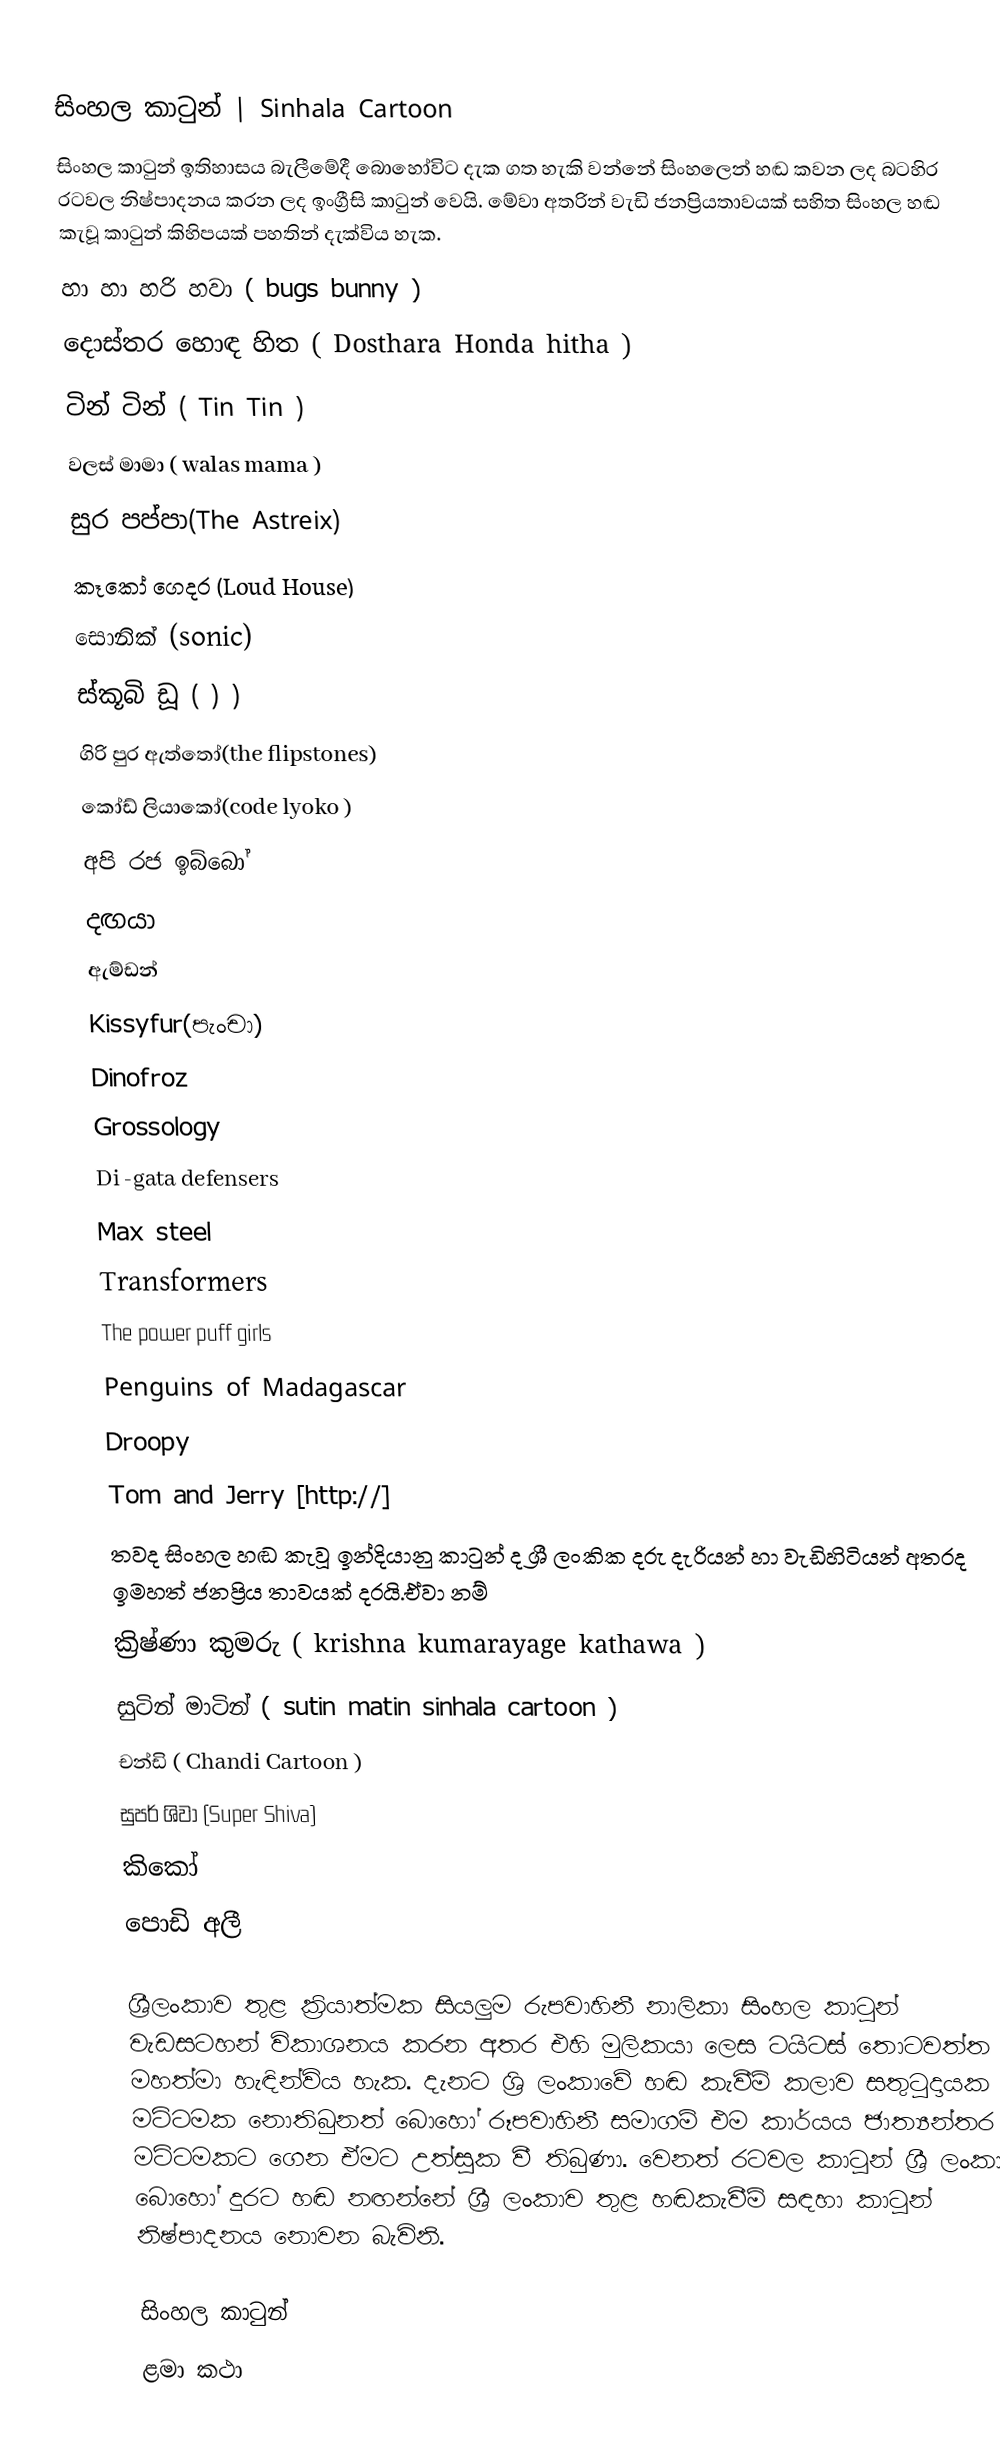

සිංහල කාටුන් | Sinhala Cartoon
සිංහල කාටුන් ඉතිහාසය බැලීමේදී බොහෝවිට දැක ගත හැකි වන්නේ සිංහලෙන් හඬ කවන ලද බටහිර රටවල නිෂ්පාදනය කරන ලද ඉංග්‍රීසි කාටුන් වෙයි. මේවා අතරින් වැඩි ජනප්‍රියතාවයක් සහිත සිංහල හඬ කැවූ කාටුන් කිහිපයක් පහතින් දැක්විය හැක.
 හා හා හරි හවා ( bugs bunny )
 දොස්තර හොඳ හිත ( Dosthara Honda hitha )
 ටින් ටින් ( Tin Tin )
 වලස් මාමා ( walas mama )
 සුර පප්පා(The Astreix)
 කෑකෝ ගෙදර (Loud House)
 සොනික්  (sonic)
 ස්කූබි ඩූ ( ) )
 ගිරි පුර ඇත්තෝ(the flipstones)
 කෝඩ් ලියාකෝ(code lyoko )
 අපි රජ ඉබ්බෝ
දඟයා
ඇම්ඩන්
Kissyfur(පැංචා)
Dinofroz
Grossology
Di -gata defensers
Max steel
Transformers
The power puff girls
Penguins  of  Madagascar
Droopy
Tom and Jerry [http://]
තවද සිංහල හඬ කැවූ ඉන්දියානු කාටුන් ද ශ්‍රී ලංකික දරු දැරියන් හා වැඩිහිටියන් අතරද ඉමහත් ජනප්‍රිය තාවයක් දරයි.ඒවා නම්
 ක්‍රිෂ්ණා කුමරු ( krishna kumarayage kathawa )
 සුටින් මාටින් ( sutin matin sinhala cartoon )
 චන්ඩි ( Chandi Cartoon )
 සුපර් ශිවා (Super Shiva)
කිකෝ
පොඩි අලී

ශ්‍රීලංකාව තුළ ක්‍රියාත්මක සියලුම රුපවාහිනී නාලිකා සිංහල කාටුන් වැඩසටහන් විකාශනය කරන අතර එහි මුලිකයා ලෙස ටයිටස් තොටවත්ත මහත්මා හැඳින්විය හැක. දැනට ශ්‍රි ලංකාවේ හඬ කැවීම් කලාව සතුටුදායක මට්ටමක නොතිබුනත් බොහෝ රූපවාහිනී සමාගම් එම කාර්යය ජාත්‍යන්තර මට්ටමකට ගෙන ඒමට උත්සුක වී තිබුණා. වෙනත් රටවල කාටූන් ශ්‍රී ලංකාවේ බොහෝ දුරට හඬ නඟන්නේ ශ්‍රී ලංකාව තුළ හඬකැවීම් සඳහා කාටූන් නිෂ්පාදනය නොවන බැවිනි.

සිංහල කාටුන්
ළමා කථා